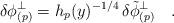
LaTeX: \begin{align*}\delta\phi^\perp_{(p)} = h_p(y)^{-1/4} \, \delta{\tilde{\phi}}^\perp_{(p)} \quad .\end{align*}